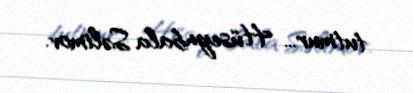
tutmur... Hüseynbala Səlimov.